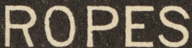
ROPES